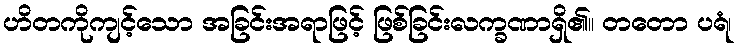
ဟိတကိုကျင့်သော အခြင်းအရာဖြင့် ဖြစ်ခြင်းလက္ခဏာရှိ၏။ တတော ပရံ၊